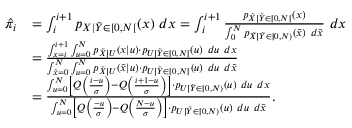
\begin{array} { r l } { \hat { \pi } _ { i } } & { = \int _ { i } ^ { i + 1 } p _ { X | \tilde { Y } \in [ 0 , N [ } ( x ) ~ d x = \int _ { i } ^ { i + 1 } \frac { p _ { \tilde { X } | \tilde { Y } \in [ 0 , N [ } ( x ) } { \int _ { 0 } ^ { N } p _ { \tilde { X } | \tilde { Y } \in [ 0 , N ) } ( \tilde { x } ) ~ d \tilde { x } } ~ d x } \\ & { = \frac { \int _ { x = i } ^ { i + 1 } \int _ { u = 0 } ^ { N } p _ { \tilde { X } | U } ( x | u ) \cdot p _ { U | \tilde { Y } \in [ 0 , N [ } ( u ) ~ d u ~ d x } { \int _ { \tilde { x } = 0 } ^ { N } \int _ { u = 0 } ^ { N } p _ { \tilde { X } | U } ( \tilde { x } | u ) \cdot p _ { U | \tilde { Y } \in [ 0 , N [ } ( u ) ~ d u ~ d \tilde { x } } } \\ & { = \frac { \int _ { u = 0 } ^ { N } \left[ Q \left( \frac { i - u } { \sigma } \right) - Q \left( \frac { i + 1 - u } { \sigma } \right) \right] \cdot p _ { U | \tilde { Y } \in [ 0 , N ) } ( u ) ~ d u ~ d x } { \int _ { u = 0 } ^ { N } \left[ Q \left( \frac { - u } { \sigma } \right) - Q \left( \frac { N - u } { \sigma } \right) \right] \cdot p _ { U | \tilde { Y } \in [ 0 , N ) } ( u ) ~ d u ~ d \tilde { x } } . } \end{array}